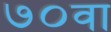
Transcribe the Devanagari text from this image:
७०वा